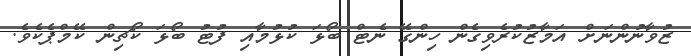
ޒުވާނުންނަށް އަމާޒުކުރެވިގެން ހިންގޭ ނެޓް ބޯޅަ ކުޅުމާއި ފުޓު ބޯޅަ ކޯޗިން ކޭމްޕެކެވެ.